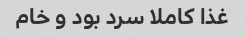
غذا کاملا سرد بود و خام